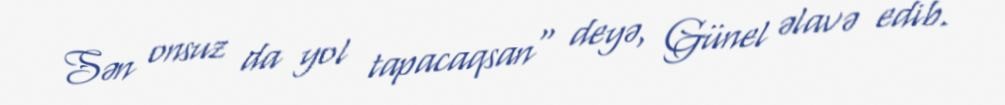
Sən onsuz da yol tapacaqsan" deyə, Günel əlavə edib.